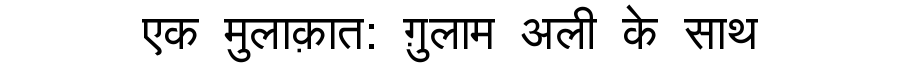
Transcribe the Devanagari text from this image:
एक मुलाक़ात: ग़ुलाम अली के साथ